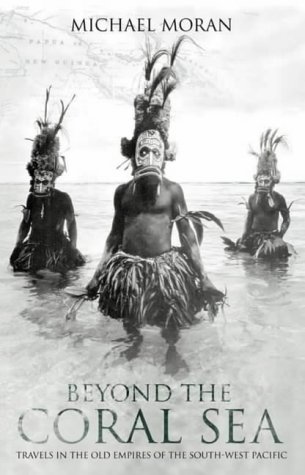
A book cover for Beyond the Coral Sea: Travels in the Old Empires of the South-West Pacific; Michael Moran; Travel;